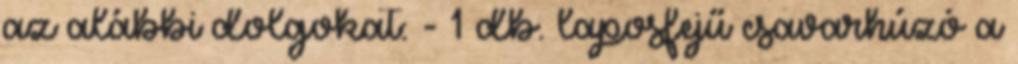
az alábbi dolgokat: - 1 db. laposfejű csavarhúzó a